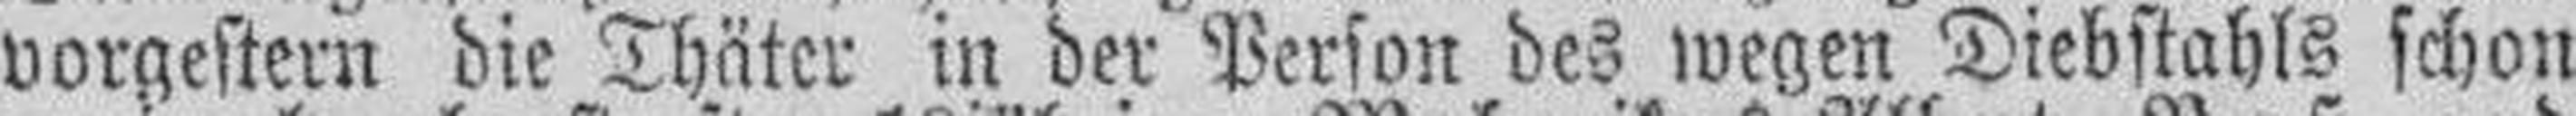
vorgestern die Thäter in der Person des wegen Diebstahls schon